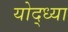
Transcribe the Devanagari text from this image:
योद्ध्या